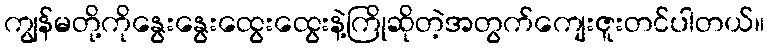
ကျွန်မတို့ကိုနွေးနွေးထွေးထွေးနဲ့ကြိုဆိုတဲ့အတွက်ကျေးဇူးတင်ပါတယ်။